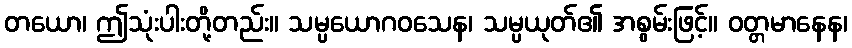
တယော၊ ဤသုံးပါးတို့တည်း။ သမ္ပယောဂဝသေန၊ သမ္ပယုတ်၏ အစွမ်းဖြင့်။ ဝတ္တမာနေန၊